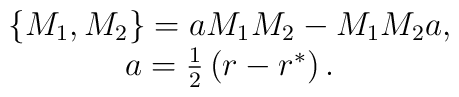
\begin{array}{c}\left\{ M_1,M_2\right\} =aM_1M_2-M_1M_2a, \\a=\frac 12\left( r-r^{*}\right) .\end{array}